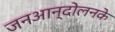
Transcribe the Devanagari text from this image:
जनआन्दोलनके